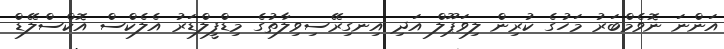
އަންނަ ނޮވެމްބަރު މަހުގެ ކުރިން ލިވަޕޫލް އަދި އިނގިރޭސިވިލާތުގެ މިޑްފީލްޑަރު އެލެކްސް އޮކްސްލޭޑް